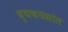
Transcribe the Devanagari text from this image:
बुचकळ्यांत